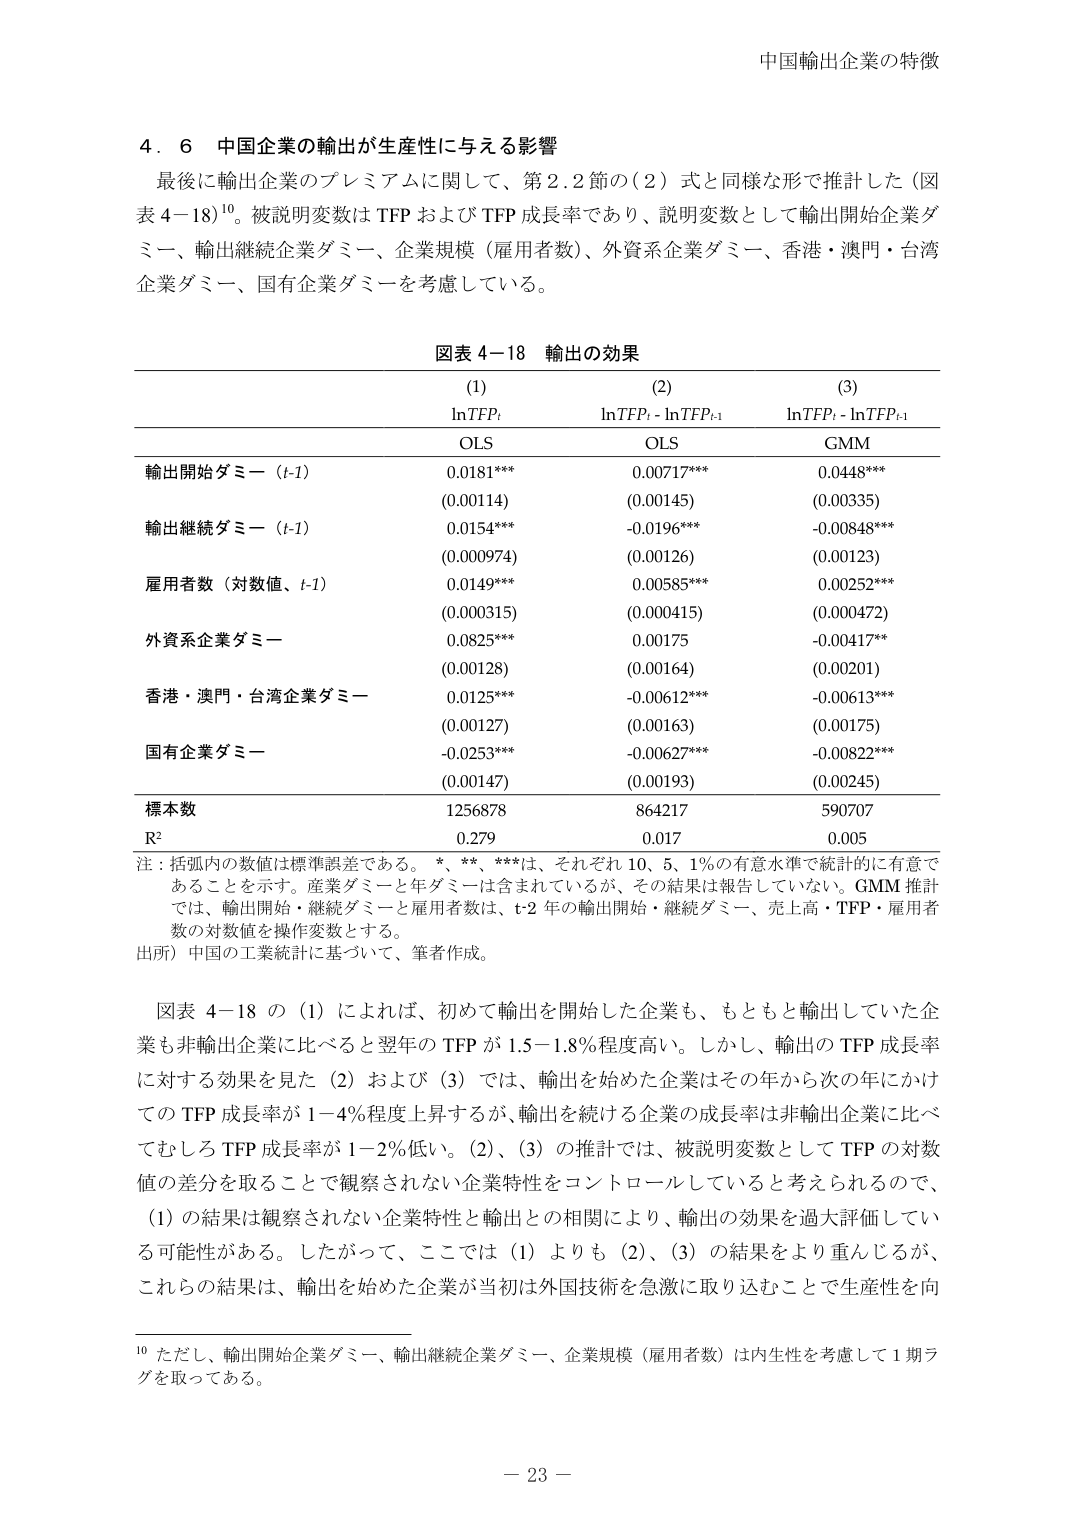
中国輸出企業の特徴

4．6 中国企業の輸出が生産性に与える影響
最後に輸出企業のプレミアムに関して、第2.2節の（2）式と同様な形で推計した（図表4－18）¹⁰。被説明変数はTFPおよびTFP成長率であり、説明変数として輸出開始企業ダミー、輸出継続企業ダミー、企業規模（雇用者数）、外資系企業ダミー、香港・澳門・台湾企業ダミー、国有企業ダミーを考慮している。

図表4－18 輸出の効果
(1) (2) (3)
lnTFP_t lnTFP_t - lnTFP_{t-1} lnTFP_t - lnTFP_{t-1}
OLS OLS GMM
輸出開始ダミー（t-1） 0.0181*** 0.00717*** 0.0448***
(0.00114) (0.00145) (0.00335)
輸出継続ダミー（t-1） 0.0154*** -0.0196*** -0.00848***
(0.000974) (0.00126) (0.00123)
雇用者数（対数値、t-1） 0.0149*** 0.00585*** 0.00252***
(0.000315) (0.000415) (0.000472)
外資系企業ダミー 0.0825*** 0.00175 -0.00417**
(0.00128) (0.00164) (0.00201)
香港・澳門・台湾企業ダミー 0.0125*** -0.00612*** -0.00613***
(0.00127) (0.00163) (0.00175)
国有企業ダミー -0.0253*** -0.00627*** -0.00822***
(0.00147) (0.00193) (0.00245)
標本数 1256878 864217 590707
R² 0.279 0.017 0.005

注：括弧内の数値は標準誤差である。*、**、***は、それぞれ10、5、1％の有意水準で統計的に有意であることを示す。産業ダミーと年ダミーは含まれているが、その結果は報告していない。GMM推計では、輸出開始・継続ダミーと雇用者数は、t-2年の輸出開始・継続ダミー、売上高・TFP・雇用者数の対数値を操作変数とする。
出所）中国の工業統計に基づいて、筆者作成。

図表4－18の（1）によれば、初めて輸出を開始した企業も、もともと輸出していた企業も非輸出企業に比べると翌年のTFPが1.5－1.8％程度高い。しかし、輸出のTFP成長率に対する効果を見た（2）および（3）では、輸出を始めた企業はその年から次の年にかけてのTFP成長率が1－4％程度上昇するが、輸出を続ける企業の成長率は非輸出企業に比べてむしろTFP成長率が1－2％低い。（2）、（3）の推計では、被説明変数としてTFPの対数値の差分を取ることで観察されない企業特性をコントロールしていると考えられるので、（1）の結果は観察されない企業特性と輸出との相関により、輸出の効果を過大評価している可能性がある。したがって、ここでは（1）よりも（2）、（3）の結果をより重んじるが、これらの結果は、輸出を始めた企業が当初は外国技術を急激に取り込むことで生産性を向

¹⁰ ただし、輸出開始企業ダミー、輸出継続企業ダミー、企業規模（雇用者数）は内生性を考慮して1期ラグを取っている。

－23－